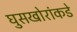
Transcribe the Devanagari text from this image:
घुसखोरांकडे